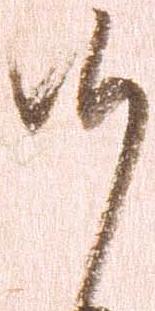
候